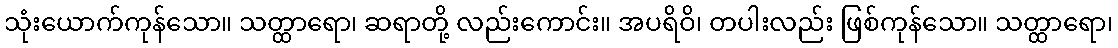
သုံးယောက်ကုန်သော။ သတ္ထာရော၊ ဆရာတို့ လည်းကောင်း။ အပရိဝိ၊ တပါးလည်း ဖြစ်ကုန်သော။ သတ္ထာရော၊